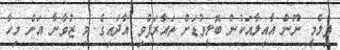
ފިލްމީ ނޫން އާއިލާއަކުން ބޮލީވުޑަށް ތައާރަފްވި އާދައިގެ މި ޒުވާނާ އަށް މިހާ